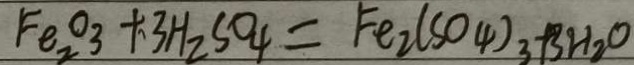
F e _ { 2 } O _ { 3 } + 3 H _ { 2 } S O _ { 4 } = F e _ { 2 } ( S O _ { 4 } ) _ { 3 } + 3 H _ { 2 } O